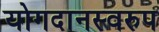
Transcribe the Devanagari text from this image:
योगदानस्वरुप